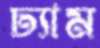
ঢ্যাম